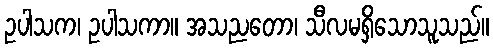
ဥပါသက၊ ဥပါသကာ။ အသညတော၊ သီလမရှိသောသူသည်။